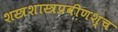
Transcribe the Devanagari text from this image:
शस्त्रशास्त्रप्रवीणश्च